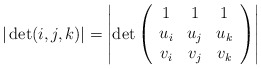
\begin{align*}|\det(i,j,k)|=\left|\det\left(\begin{array}{ccc}1 & 1 & 1 \\u_i & u_j & u_k\\v_i & v_j & v_k\\\end{array}\right)\right|\end{align*}